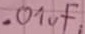
Text: .01µF